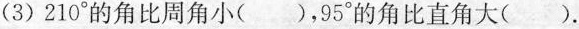
(3)210°的角比周角小（），95°的角比直角大（）。